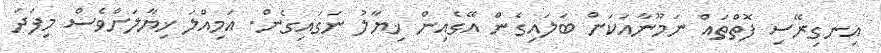
އިނގިރޭސި ފޮތްތައް ނަމޫނާއަކަށް ބަލައިގެން އޭގެއިން ޚިޔާލު ނަގައިގެން. އަމިއްލަ ޚިޔާލަށްވެސް މިފަދަ